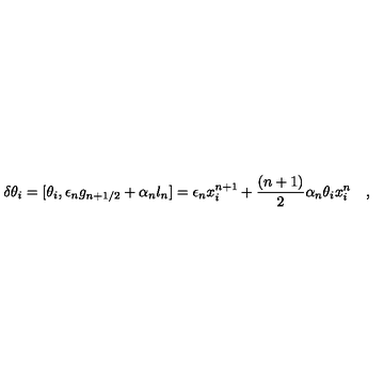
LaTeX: \delta \theta _ { i } = [ \theta _ { i } , \epsilon _ { n } g _ { n + 1 / 2 } + \alpha _ { n } l _ { n } ] = \epsilon _ { n } x _ { i } ^ { n + 1 } + \frac { ( n + 1 ) } { 2 } \alpha _ { n } \theta _ { i } x _ { i } ^ { n } \quad ,